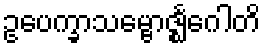
ဥပေက္ခာသမ္ဗောဇ္ဈင်္ဂေါတိ